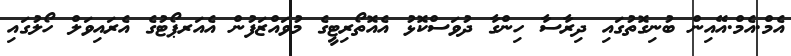
އެމް.އެމް.އޭއިން ބުނިގޮތުގައި ދިރާސާ ހިންގާ ދުވަސްކޮޅު އެއޮތޯރިޓީގެ މުވައްޒަފުން އެއަރޕޯޓުގެ އެރައިވަލް ހޯލުގައި